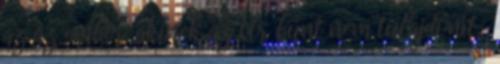
az az ember, akinek az Úr bűnt nem tulajdonít.”